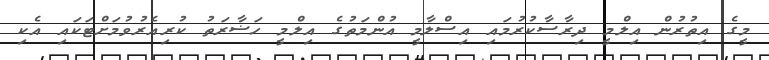
މީގެ އިތުރުން އިލްމީ ދިރާސާކުރުމައި އިސްލާމީ އުންމަތުގެ އިލްމީ ހަޟާރަތު ކުރިއެރުވުމަށްޓަކައި އެކި